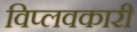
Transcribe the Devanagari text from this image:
विप्लवकारी